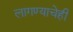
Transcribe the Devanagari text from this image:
लागण्याचेही